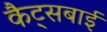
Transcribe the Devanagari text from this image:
कैट्सबाई